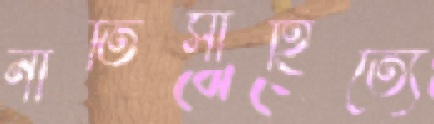
নীতিসাহিত্যে